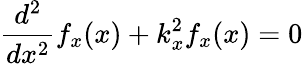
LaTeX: {\frac{d^{2}}{dx^{2}}}f_{x}(x)+k_{x}^{2}f_{x}(x)=0